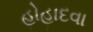
હોહાદવા